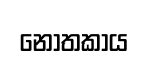
නොතකාය